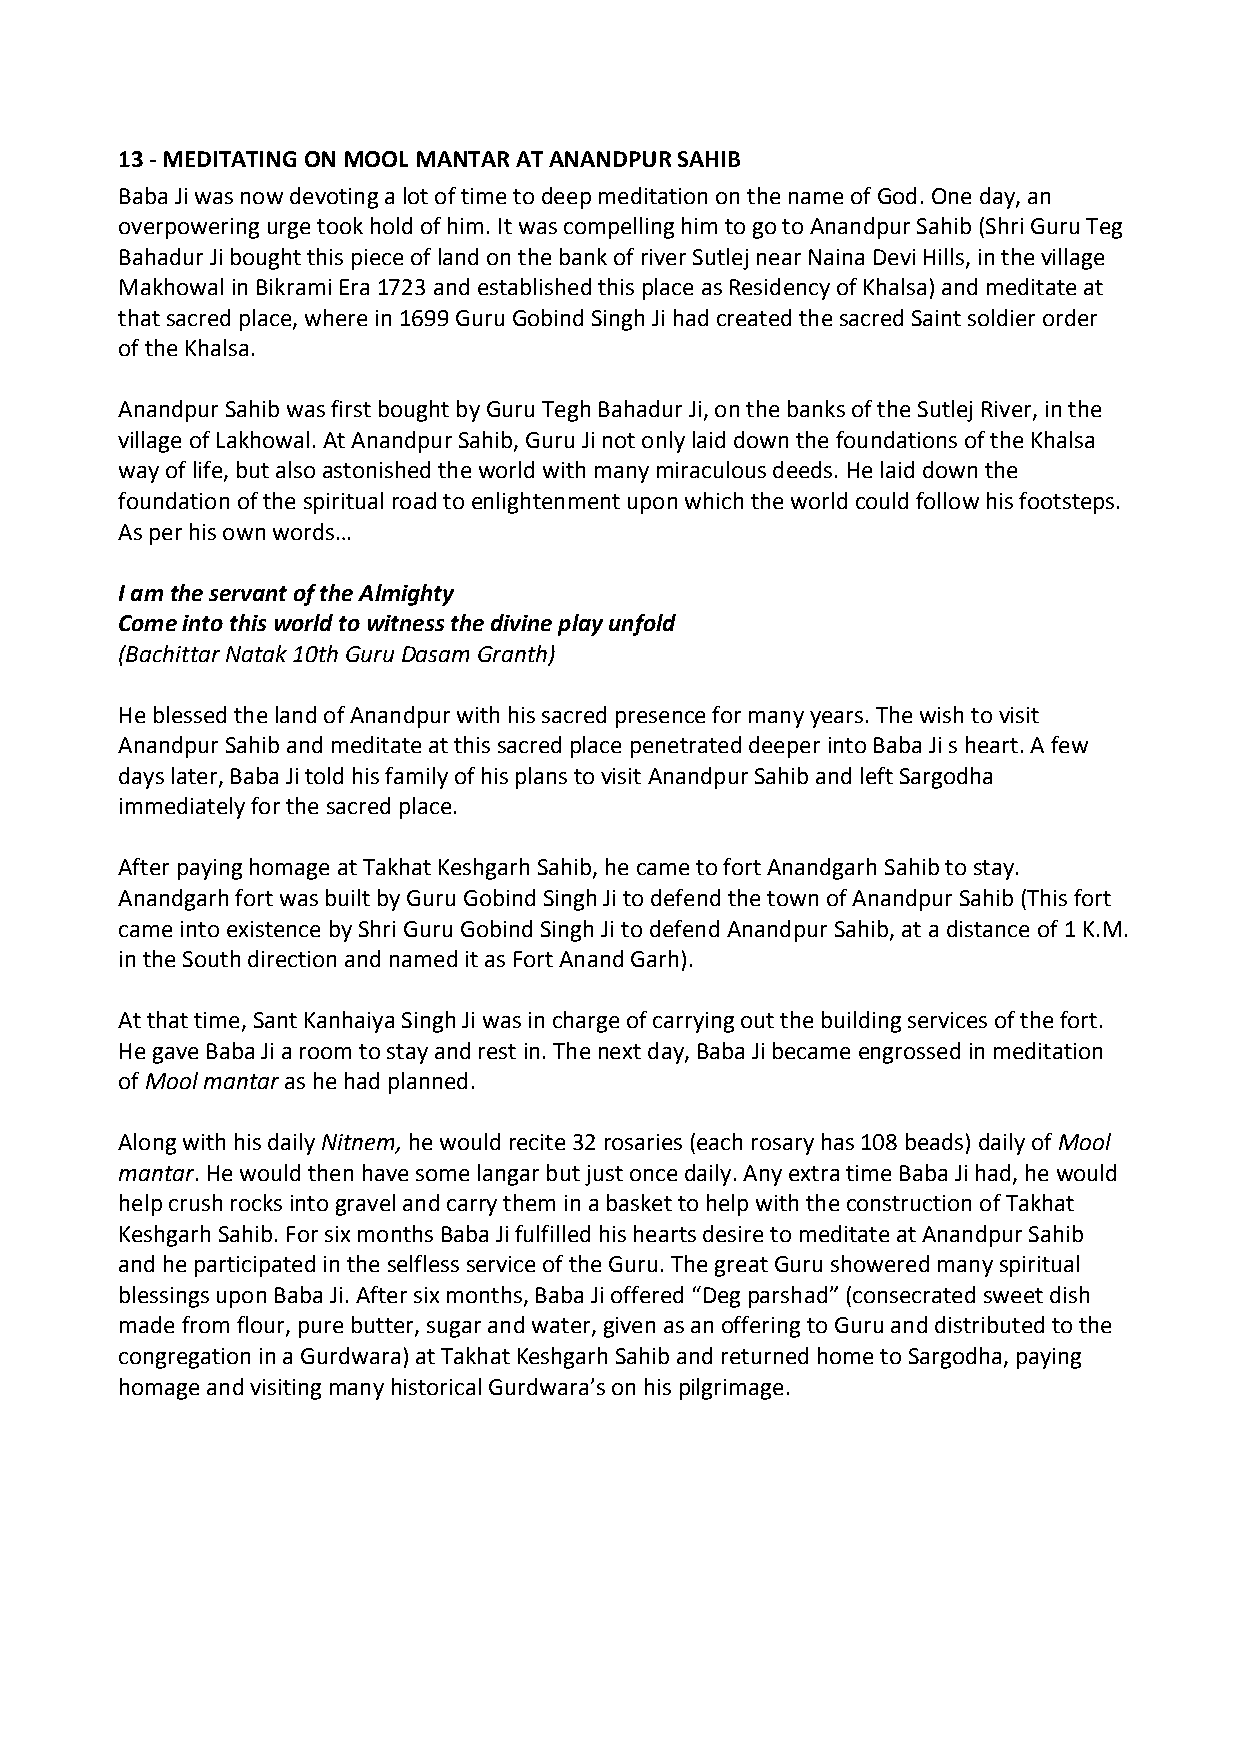
13 ‐ MEDITATING ON MOOL MANTAR AT ANANDPUR SAHIB
 Baba Ji was now devoting a lot of time to deep meditation on the name of God. One day, an
 overpowering urge took hold of him. It was compelling him to go to Anandpur Sahib (Shri Guru Teg
 Bahadur Ji bought this piece of land on the bank of river Sutlej near Naina Devi Hills, in the village
 Makhowal in Bikrami Era 1723 and established this place as Residency of Khalsa) and meditate at
 that sacred place, where in 1699 Guru Gobind Singh Ji had created the sacred Saint soldier order
 of the Khalsa.
 Anandpur Sahib was first bought by Guru Tegh Bahadur Ji, on the banks of the Sutlej River, in the
 village of Lakhowal. At Anandpur Sahib, Guru Ji not only laid down the foundations of the Khalsa
 way of life, but also astonished the world with many miraculous deeds. He laid down the
 foundation of the spiritual road to enlightenment upon which the world could follow his footsteps.
 As per his own words…
 I am the servant of the Almighty
 Come into this world to witness the divine play unfold
 (Bachittar Natak 10th Guru Dasam Granth)
 He blessed the land of Anandpur with his sacred presence for many years. The wish to visit
 Anandpur Sahib and meditate at this sacred place penetrated deeper into Baba Ji s heart. A few
 days later, Baba Ji told his family of his plans to visit Anandpur Sahib and left Sargodha
 immediately for the sacred place.
 After paying homage at Takhat Keshgarh Sahib, he came to fort Anandgarh Sahib to stay.
 Anandgarh fort was built by Guru Gobind Singh Ji to defend the town of Anandpur Sahib (This fort
 came into existence by Shri Guru Gobind Singh Ji to defend Anandpur Sahib, at a distance of 1 K.M.
 in the South direction and named it as Fort Anand Garh).
 At that time, Sant Kanhaiya Singh Ji was in charge of carrying out the building services of the fort.
 He gave Baba Ji a room to stay and rest in. The next day, Baba Ji became engrossed in meditation
 of Mool mantar as he had planned.
 Along with his daily Nitnem, he would recite 32 rosaries (each rosary has 108 beads) daily of Mool
 mantar. He would then have some langar but just once daily. Any extra time Baba Ji had, he would
 help crush rocks into gravel and carry them in a basket to help with the construction of Takhat
 Keshgarh Sahib. For six months Baba Ji fulfilled his hearts desire to meditate at Anandpur Sahib
 and he participated in the selfless service of the Guru. The great Guru showered many spiritual
 blessings upon Baba Ji. After six months, Baba Ji offered “Deg parshad” (consecrated sweet dish
 made from flour, pure butter, sugar and water, given as an offering to Guru and distributed to the
 congregation in a Gurdwara) at Takhat Keshgarh Sahib and returned home to Sargodha, paying
 homage and visiting many historical Gurdwara’s on his pilgrimage.